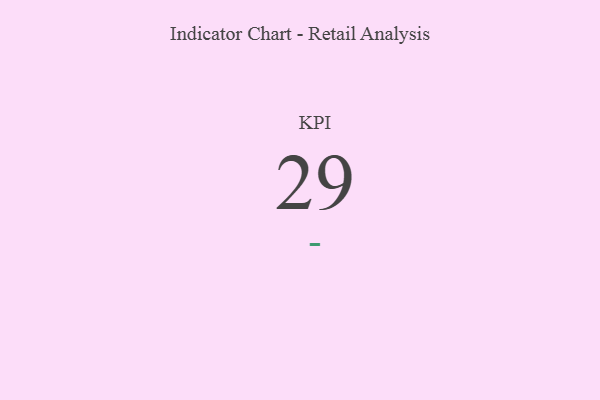
{"axis": {"x": "KPI", "y": "Value"}, "legend": [""], "data": [{"x": "KPI", "y": 29, "type": ""}]}